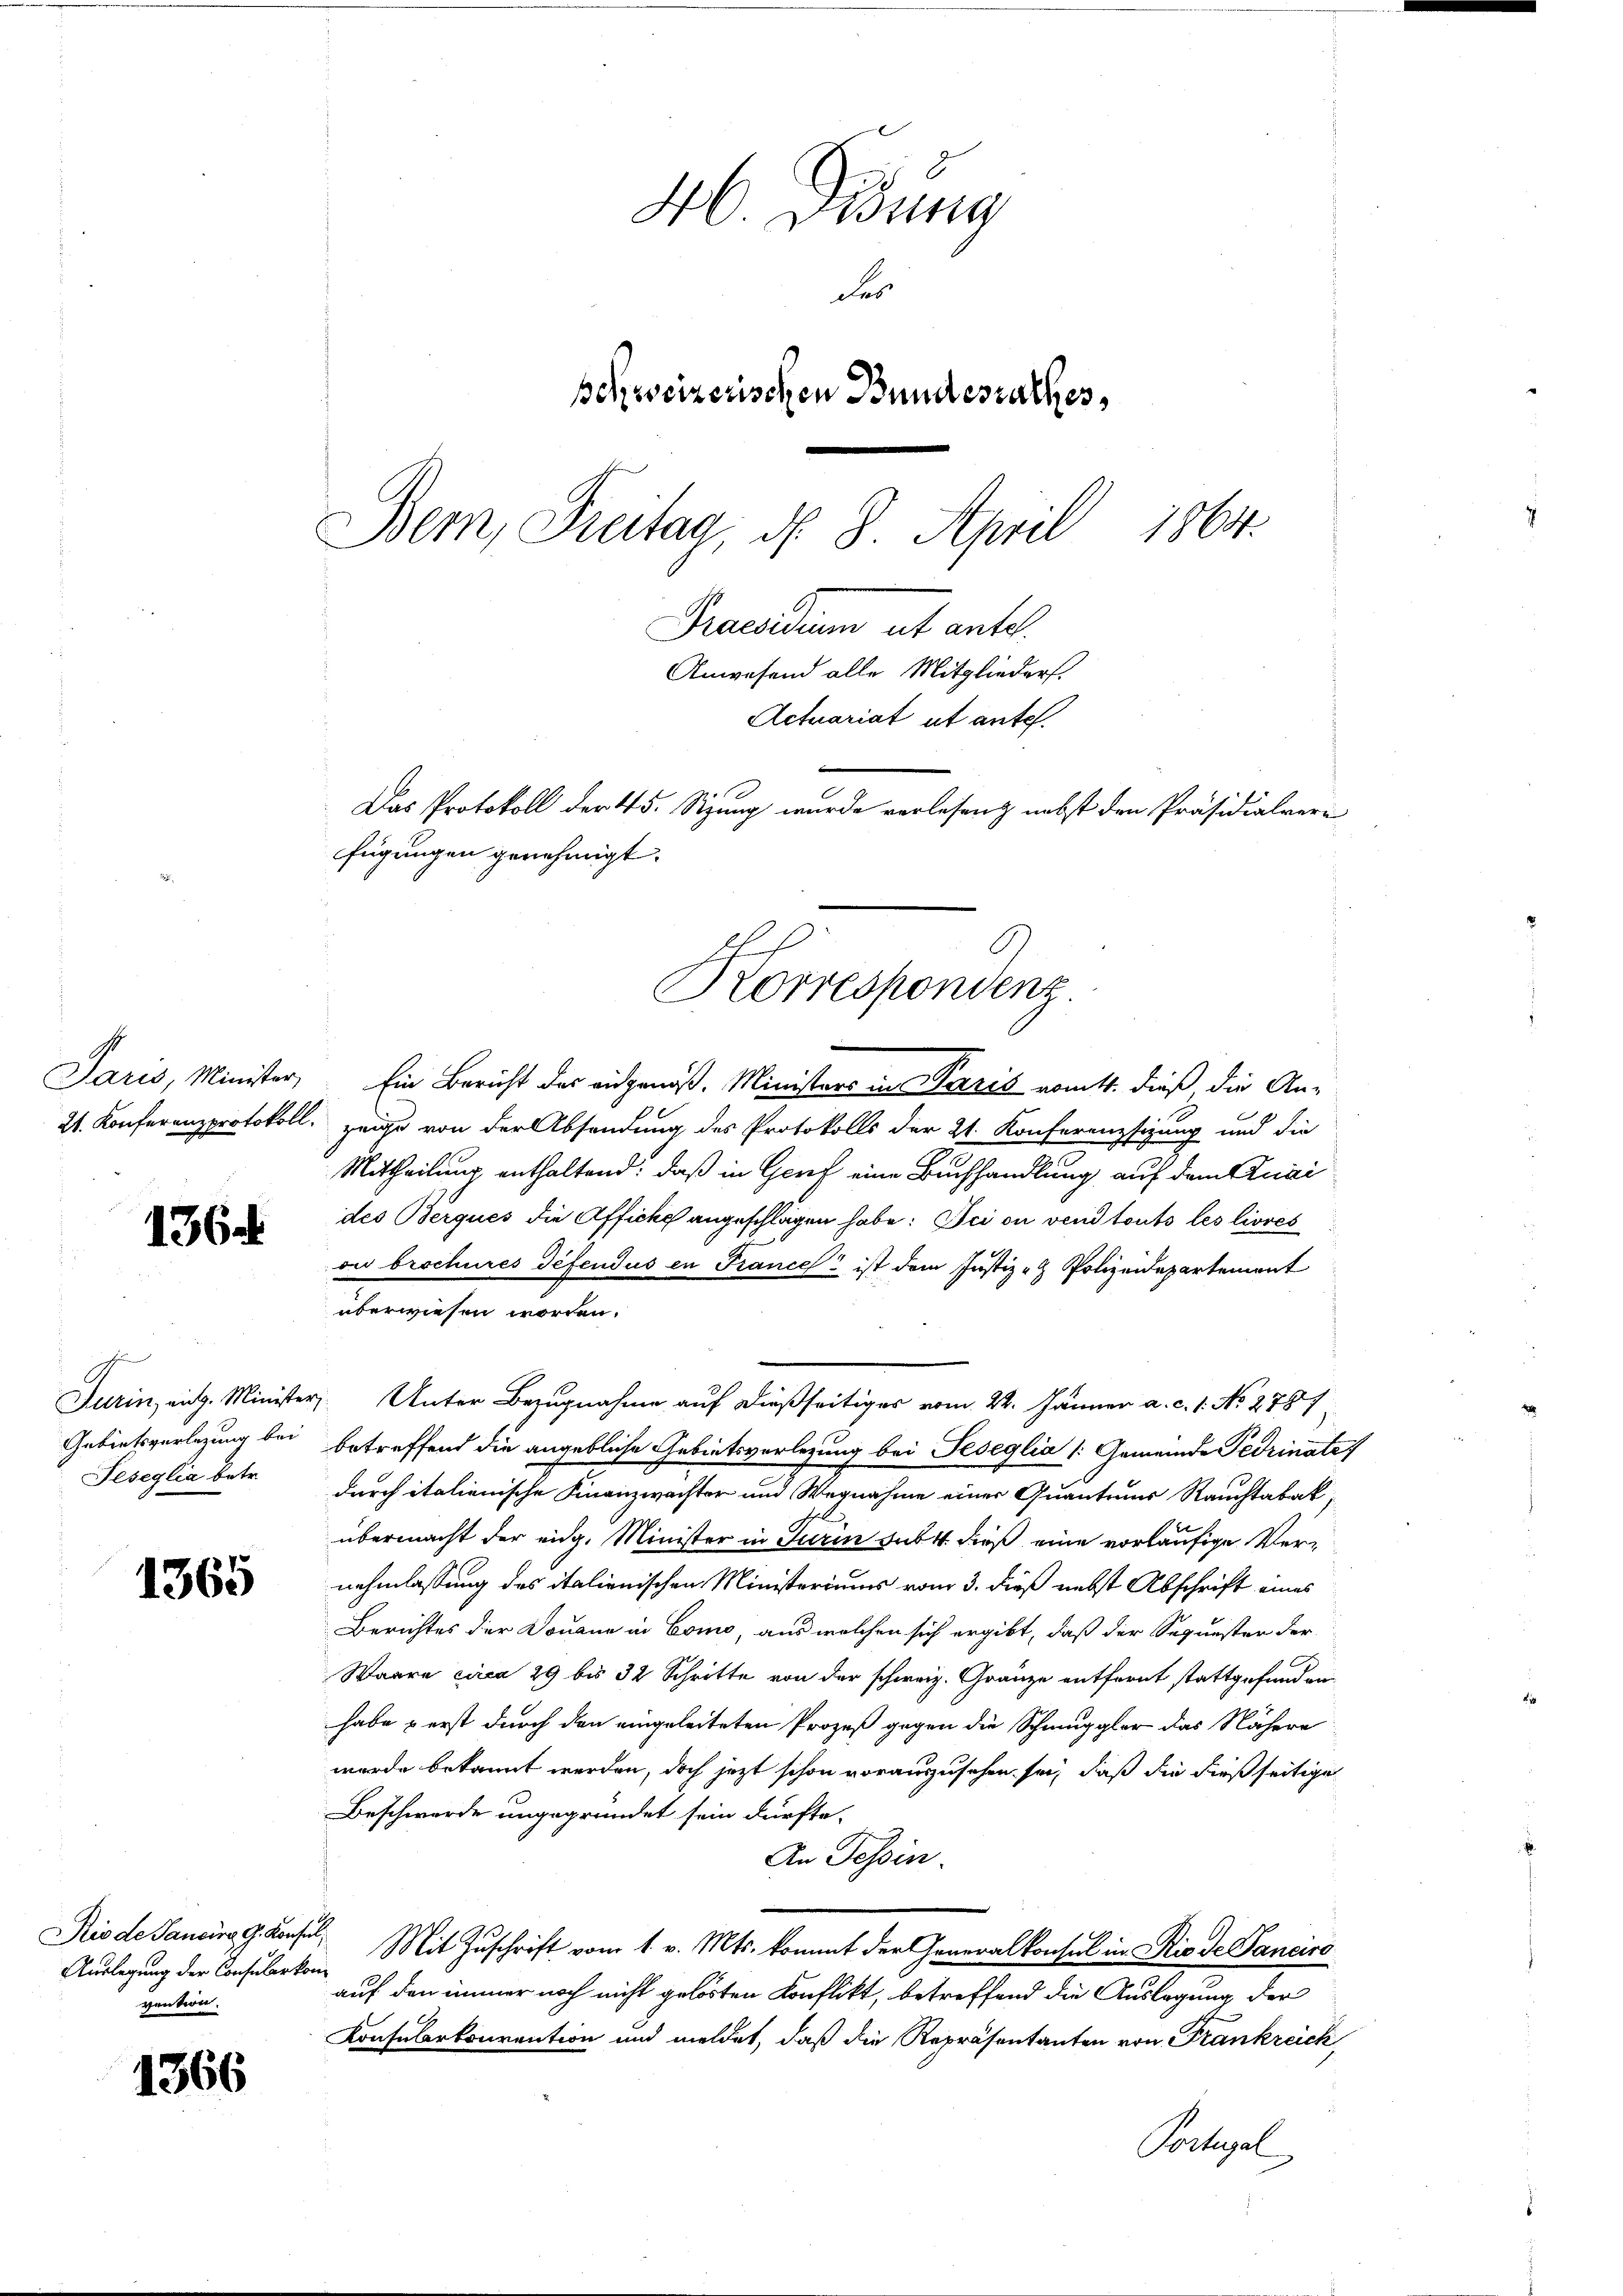
1364

Feseglia betr.

1365

Auslegung der Consularkom
vention.

1366

46. Disung
des
schweizerischen Bundesrathes,
e
1864.
Bem, Freitag, d. 8. April
Praesidum et ante¬
Anwesend alle Mitglieders
Actuariat ut ante.
2
Das Protokoll der 45. Sizung wurde verlesen & nebst den Präsidialvere
fügungen genehmigt.
Korrespondenz.

Jaris, Minister, Ein Bericht des eidgenöß. Ministers in Paris vom 4. dieß die An-
21. Konferenzprotokoll zeige von der Absendung des Protokolls der 21. Konferenzsizung und die
Mittheilung enthaltend: daß in Genf eine Buchhandlung auf dem Quai
des Berques die Affiche angeschlagen habe: Ici ou vend touts les livres
on brochures défendus en Frances ist dem Justiz- & Polizeidepartement
überwiesen worden.
Turin, eidg. Minister, Unter Bezugnahme auf dießseitiges vom 24. Jänner a. c. 1. No. 2787
Gebietsverlegung bei betreffend die angebliche Gebietsverlegung bei Peseglia /: Gemeinde Pedrinate
durch italienische Finanzwachter und Wegnahme einer Quantums Rauchtabak,
übermacht der eidg. Minister in Turin sub 4 dieß eine vorläufige Vernehmlassung des italienischen Ministeriums vom 3. dieß nebst Abschrift eines
Berichtes der Douane in Como, aus welchen sich ergibt, daß der Sequester der
Waare circa 29 bis 32 Schritte von der schweiz. Gränze entfernt stattgefunden
habe & erst durch den eingeleiteten Prozeß gegen die Schmuggler das Nähere
wurde bekannt werden, doch jezt schon vorauszusehen sei, daß die dießseitige
Beschwerde ungegründet sein dürfte.
An Tessin.
Rio de Sancirg, G. Konsen Mit Zuschrift vom 1. v. Mts. kommt der Generalkonsul in Rio de Sancire
auf den immer noch nicht gelösten Konflikt, betreffend die Auslegung der
Konsularkonvention und meldet, daß die Repräsentanten von Frankreich
Portugal